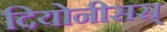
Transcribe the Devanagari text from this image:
दियोनीसस्